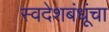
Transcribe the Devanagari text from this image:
स्वदेशबंधूंचा